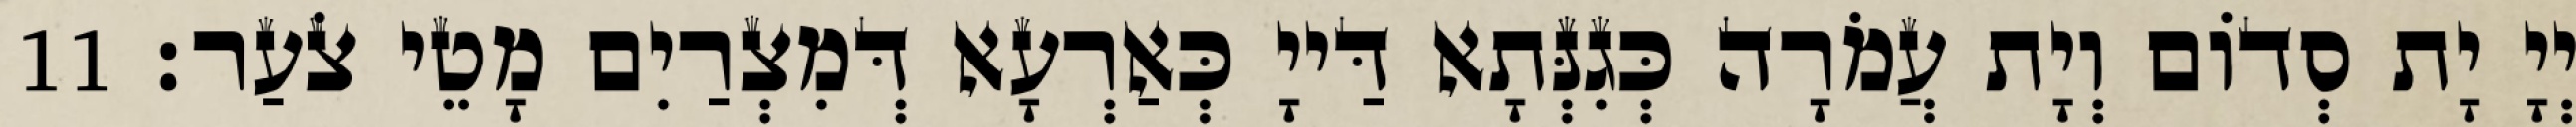
יְיָ יָת סְדוֹם וְיָת עֲמֹרָה כְּגִנְּתָא דַּייָ כְּאַרְעָא דְּמִצְרַיִם מָטֵי צֹעַר׃ 11